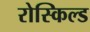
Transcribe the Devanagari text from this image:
रोस्किल्ड